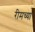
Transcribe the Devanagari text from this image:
रीमच्या